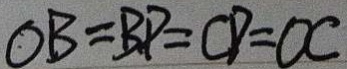
O B = B P = C D = O C